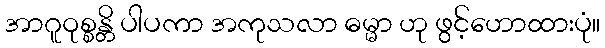
အာဂူဝုစ္စန္တိ ပါပကာ အကုသလာ ဓမ္မာ ဟု ဖွင့်ဟောထားပုံ။